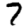
Digit: 7